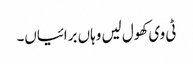
ٹی وی کھول لیں وہاں برائیاں۔